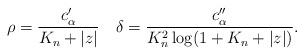
LaTeX: \begin{align*} \rho = \frac{c_\alpha'}{K_n+|z|} \quad \delta = \frac{c_\alpha''}{K_n^2\log(1+K_n+|z|)}. \end{align*}